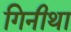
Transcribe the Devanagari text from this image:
गिनीथा